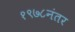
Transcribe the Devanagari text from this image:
१९७८नंतर